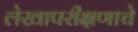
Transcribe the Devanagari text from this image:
लेखापरीक्षणाचे